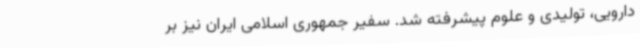
دارویی، تولیدی و علوم پیشرفته شد. سفیر جمهوری اسلامی ایران نیز بر